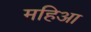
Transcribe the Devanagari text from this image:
महिआ